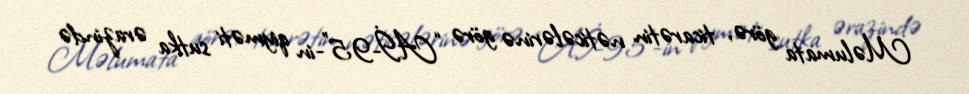
Məlumata görə, ticarətin nəticələrinə görə “Aİ-95”-in qiyməti sutka ərazində